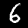
Digit: 6